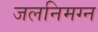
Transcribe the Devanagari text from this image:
जलनिमग्न